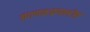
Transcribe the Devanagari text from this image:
संगणकप्रणालीत